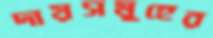
দায়সমূহের